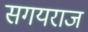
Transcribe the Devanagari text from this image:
सगयराज